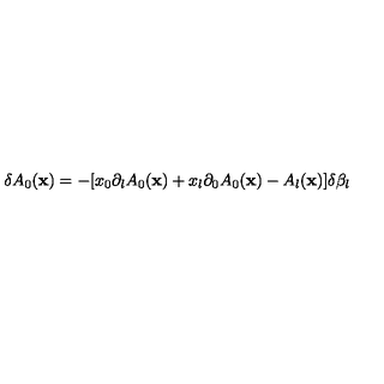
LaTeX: \delta A _ { 0 } ( { \bf x } ) = - [ x _ { 0 } \partial _ { l } A _ { 0 } ( { \bf x } ) + x _ { l } \partial _ { 0 } A _ { 0 } ( { \bf x } ) - A _ { l } ( { \bf x } ) ] \delta \beta _ { l }